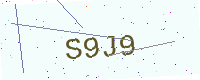
Text: S9J9